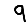
Digit: 9